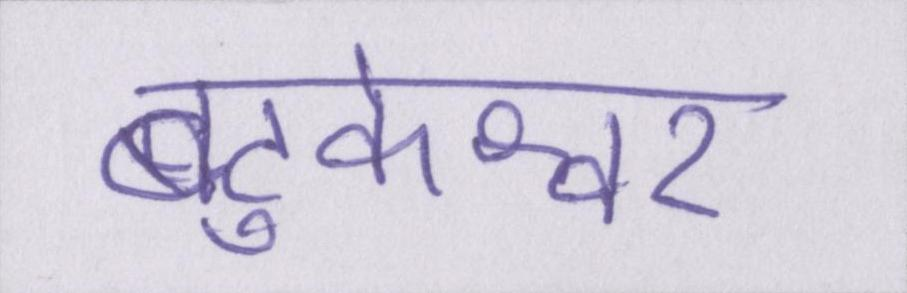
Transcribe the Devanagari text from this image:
बटुकेश्वर